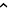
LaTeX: \hat{\ }